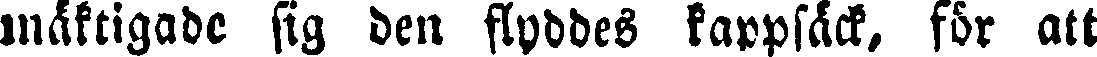
mäktigade sig den flyddes kappsäck, för att